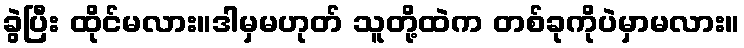
ခွဲပြီး ထိုင်မလား။ဒါမှမဟုတ် သူတို့ထဲက တစ်ခုကိုပဲမှာမလား။